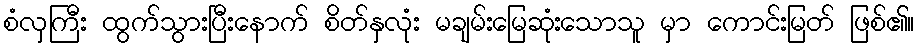
စံလှကြီး ထွက်သွားပြီးနောက် စိတ်နှလုံး မချမ်းမြေဆုံးသောသူ မှာ ကောင်းမြတ် ဖြစ်၏။